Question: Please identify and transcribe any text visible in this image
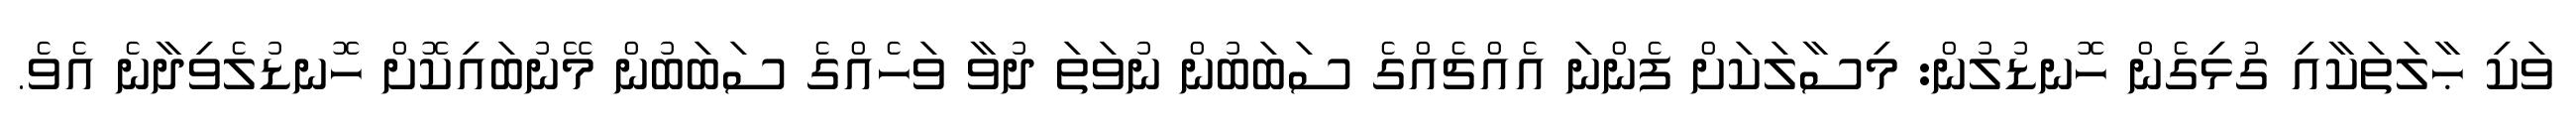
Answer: ވަކި ޙާލަތަކާއި ގުޅިގެން ހޮނޑުލުން: މިސާލަކަށް ފެންނަ އެއްޗެއްގެ ސަބަބުން ނުވަތަ ދުވާ ވަހެއްގެ ސަބަބުން މޭނުބައިކޮށް ހޮނޑުލެވިދާނެ އެވެ.